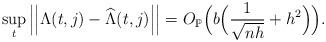
LaTeX: \begin{align*}\sup_{t} \left| \left| \Lambda(t,j)-\widehat{\Lambda}(t,j) \right| \right|=O_{\mathbb{P}} \Big(b \Big( \frac{1}{\sqrt{nh}}+h^2 \Big) \Big).\end{align*}